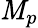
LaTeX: \mathit{M}_{p}